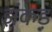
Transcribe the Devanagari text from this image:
झंकड़